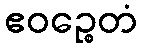
ဧဝဉ္စေတံ